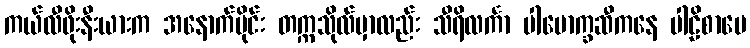
ကယ်လီဖိုးနီးယားက အနောက်ပိုင်း တက္ကသိုလ်မှာလည်း သီရိလင်္ကာ ပါမောက္ခဆီကနေ ပါဠိစာပေ